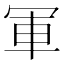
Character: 軍